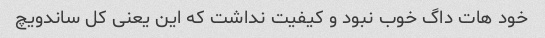
خود هات داگ خوب نبود و کیفیت نداشت که این یعنی کل ساندویچ